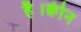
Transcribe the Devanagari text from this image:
है।क्वीन